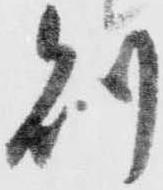
則